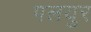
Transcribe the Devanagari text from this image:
पलयुर